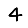
Digit: 4